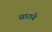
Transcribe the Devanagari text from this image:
साठये